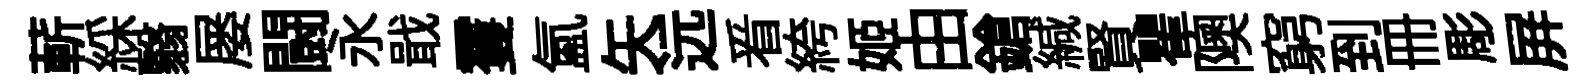
蔪綵翳屡闘永戢䨥氲矢远㸔絝姬由鎗緘賢瞿隩窮到册彫屏